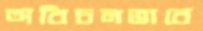
অবিচলভাবে